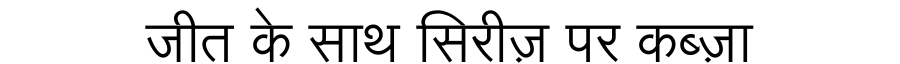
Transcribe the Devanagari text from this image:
जीत के साथ सिरीज़ पर कब्ज़ा